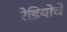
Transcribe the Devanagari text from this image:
रेडियोचे